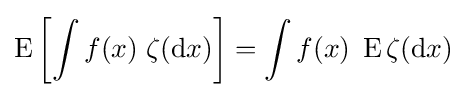
\operatorname {E} \left[\int f(x)\;\zeta (\mathrm {d} x)\right]=\int f(x)\;\operatorname {E} \zeta (\mathrm {d} x)